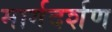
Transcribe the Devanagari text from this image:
मार्गदर्शण